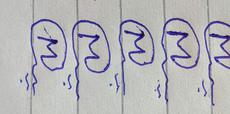
Signature authenticity: genuine